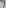
Text: 7